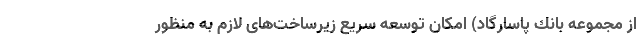
از مجموعه بانك پاسارگاد) امكان توسعه سریع زیرساخت‌های لازم به منظور